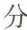
分